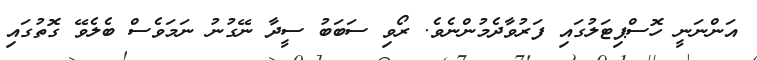
އަންނަނީ ހޮސްޕިޓަލުގައި ފަރުވާދެމުންނެވެ. ރޯވި ސަބަބު ސީދާ ނޭގުނު ނަމަވެސް ބެލެވޭ ގޮތުގައި